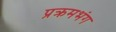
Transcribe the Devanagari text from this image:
प्रक्रमभंग